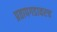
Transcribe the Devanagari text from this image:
प्रतापगडावरच